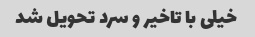
خیلی با تاخیر و سرد تحویل شد